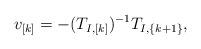
LaTeX: \begin{align*} v_{[k]} = -(T_{I,[k]})^{-1} T_{I,\{k+1\}}, \end{align*}